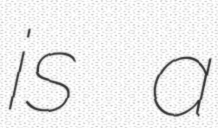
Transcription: is a